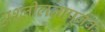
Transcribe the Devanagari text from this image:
अश्लीलतापूर्वक